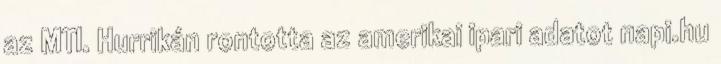
az MTI. Hurrikán rontotta az amerikai ipari adatot napi.hu